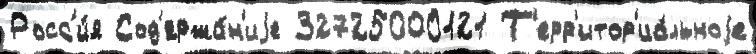
Росс'и́я Сод'ержа́н'иjе 32725000121 Т'ерр'итор'иа́льноjе